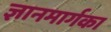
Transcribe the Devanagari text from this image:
ज्ञानमार्गका